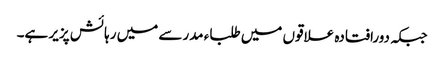
جبکہ دورافتادہ علاقوں میں طلباء مدرسے میں رہائش پزیر ہے۔